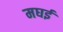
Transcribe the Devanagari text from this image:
मघई